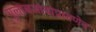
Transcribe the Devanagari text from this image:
गुलाबजांबांप्रमाणेच